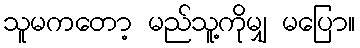
သူမကတော့ မည်သူ့ကိုမျှ မပြော။